画像に写った文字を読んでください
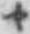
「々」と書いてあります